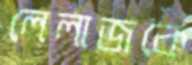
লেলাজকে